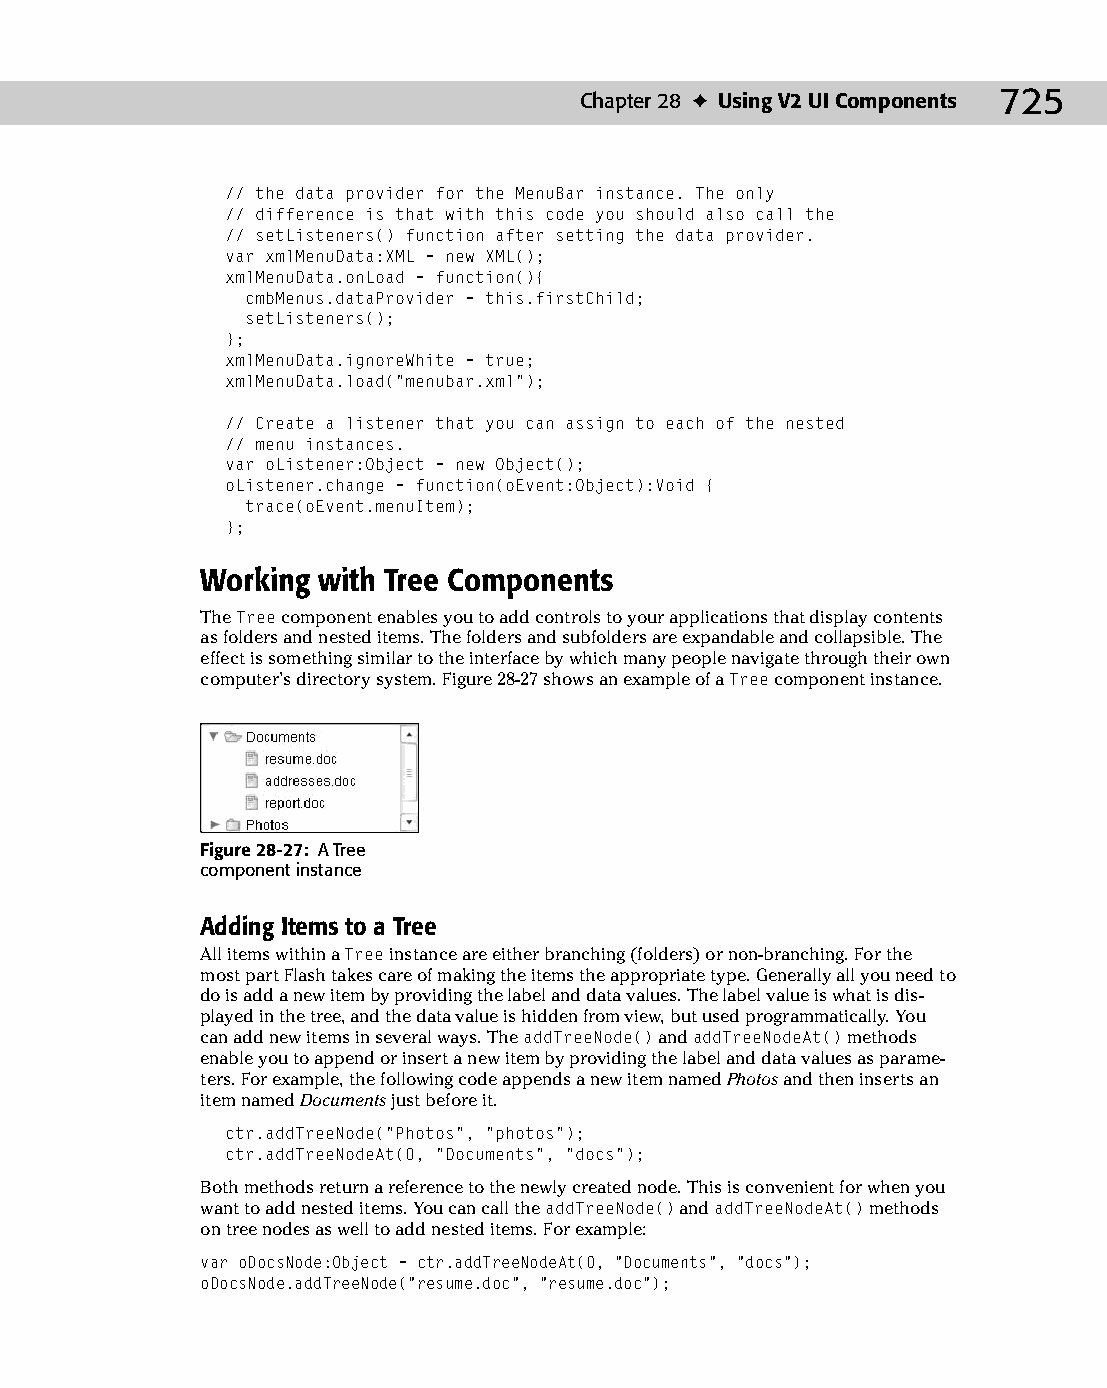
37 543547 ch28.qxd 3/24/04 4:08 PM Page 725
 Chapter 28 ✦ Using V2 UI Components 725
 // the data provider for the MenuBar instance. The only
 // difference is that with this code you should also call the
 // setListeners() function after setting the data provider.
 var xmlMenuData:XML = new XML();
 xmlMenuData.onLoad = function(){
 cmbMenus.dataProvider = this.firstChild;
 setListeners();
 };
 xmlMenuData.ignoreWhite = true;
 xmlMenuData.load(“menubar.xml”);
 // Create a listener that you can assign to each of the nested
 // menu instances.
 var oListener:Object = new Object();
 oListener.change = function(oEvent:Object):Void {
 trace(oEvent.menuItem);
 };
 Working with Tree Components
 The Tree component enables you to add controls to your applications that display contents
 as folders and nested items. The folders and subfolders are expandable and collapsible. The
 effect is something similar to the interface by which many people navigate through their own
 computer’s directory system. Figure 28-27 shows an example of a Tree component instance.
 Figure 28-27: A Tree
 component instance
 Adding Items to a Tree
 All items within a Tree instance are either branching (folders) or non-branching. For the
 most part Flash takes care of making the items the appropriate type. Generally all you need to
 do is add a new item by providing the label and data values. The label value is what is dis­
 played in the tree, and the data value is hidden from view, but used programmatically. You
 can add new items in several ways. The addTreeNode() and addTreeNodeAt() methods
 enable you to append or insert a new item by providing the label and data values as parame­
 ters. For example, the following code appends a new item named Photos and then inserts an
 item named Documents just before it.
 ctr.addTreeNode(“Photos”, “photos”);
 ctr.addTreeNodeAt(0, “Documents”, “docs”);
 Both methods return a reference to the newly created node. This is convenient for when you
 want to add nested items. You can call the addTreeNode() and addTreeNodeAt() methods
 on tree nodes as well to add nested items. For example:
 var oDocsNode:Object = ctr.addTreeNodeAt(0, “Documents”, “docs”);
 oDocsNode.addTreeNode(“resume.doc”, “resume.doc”);